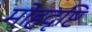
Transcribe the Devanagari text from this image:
मोहदृष्टि